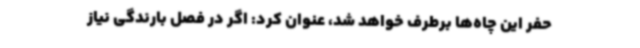
حفر این چاه‌ها برطرف خواهد شد، عنوان کرد: اگر در فصل بارندگی نیاز